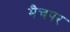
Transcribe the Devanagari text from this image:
मैचपर